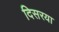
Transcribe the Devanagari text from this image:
दिसरया